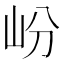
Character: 岎